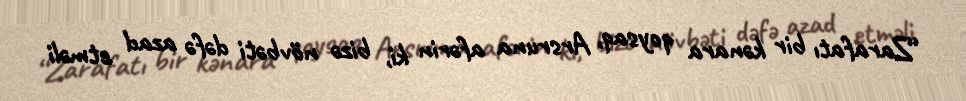
“Zarafatı bir kənara qoysaq, Arsruna afərin ki, bizə növbəti dəfə azad etməli